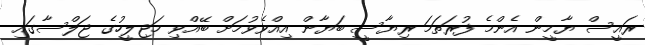
ރައީސް ޔާމީން އެންމެ ފުރަތަމަ ރިޔާސީ ބަޔާން އިއްވެވުމަށް ބޭއްވި މަޖިލީހުގެ ޖަލްސާގައި